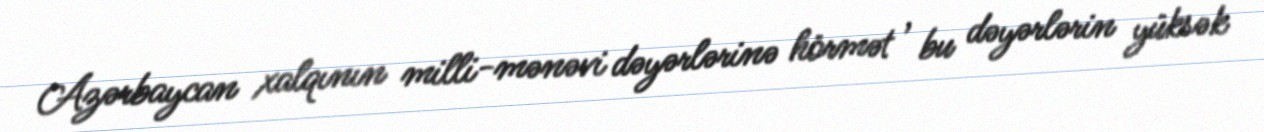
Azərbaycan xalqının milli-mənəvi dəyərlərinə hörmət , bu dəyərlərin yüksək